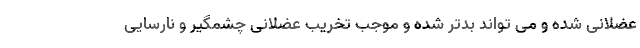
عضلانی شده و می تواند بدتر شده و موجب تخریب عضلانی چشمگیر و نارسایی